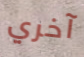
آخري